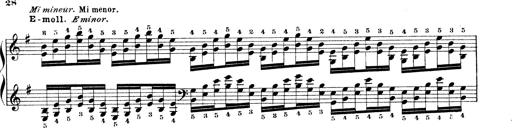
Title: Technische Studien
Composer: Franz Liszt